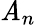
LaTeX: \mathit{A}_{n}